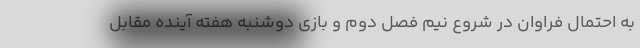
به احتمال فراوان در شروع نیم فصل دوم و بازی دوشنبه هفته آینده مقابل